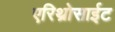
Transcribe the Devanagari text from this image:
एरिथ्रोसाईट